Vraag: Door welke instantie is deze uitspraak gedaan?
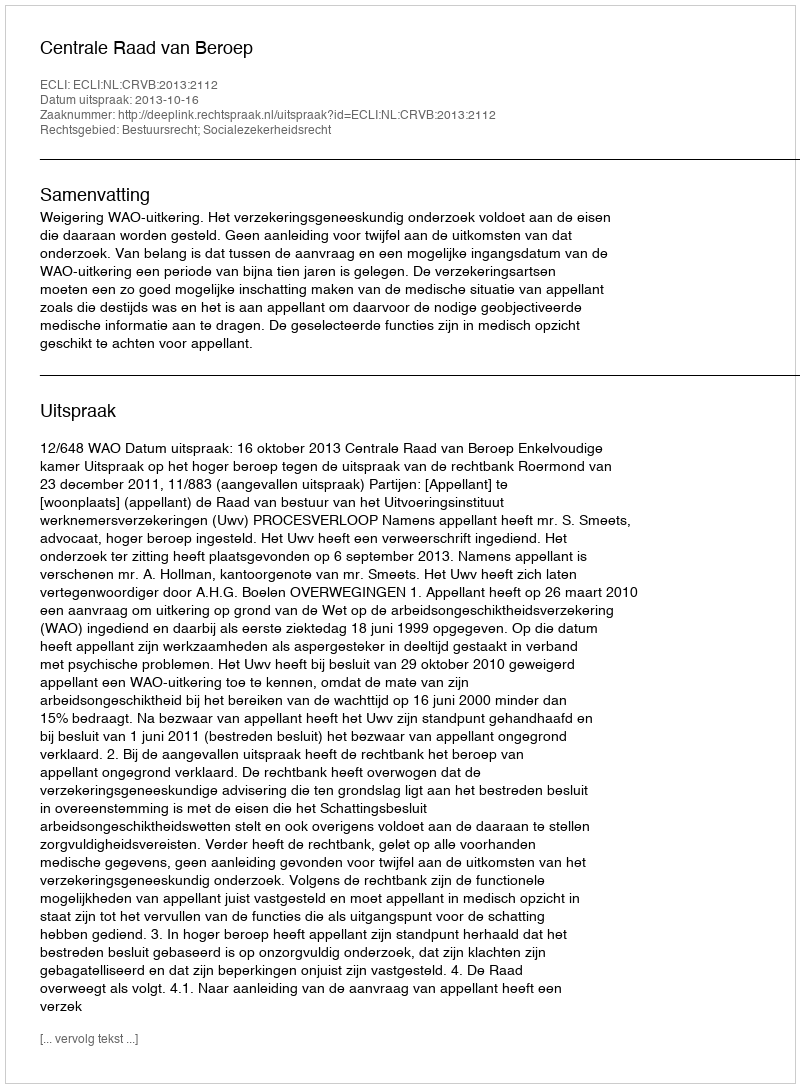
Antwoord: Centrale Raad van Beroep